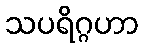
သပရိဂ္ဂဟာ